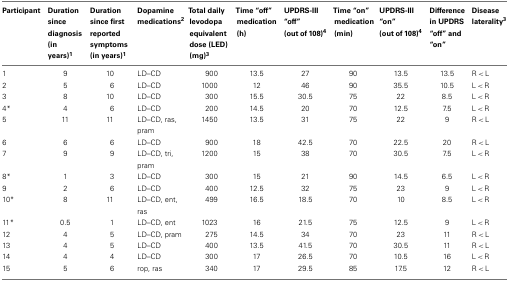
<table><thead><tr><td><b>Participant</b></td><td><b>Duration since diagnosis (in years)<sup>1</sup></b></td><td><b>Duration since first reported symptoms (in years)<sup>1</sup></b></td><td><b>Dopamine medications<sup>2</sup></b></td><td><b>Total daily levodopa equivalent dose (LED) (mg)<sup>3</sup></b></td><td><b>Time “off” medication (h)</b></td><td><b>UPDRS-III “off” (out of 108)<sup>4</sup></b></td><td><b>Time “on” medication (min)</b></td><td><b>UPDRS-III “on” (out of 108)<sup>4</sup></b></td><td><b>Difference in UPDRS “off” and “on”</b></td><td><b>Disease laterality<sup>3</sup></b></td></tr></thead><tbody><tr><td>1</td><td>9</td><td>10</td><td>LD–CD</td><td>900</td><td>13.5</td><td>27</td><td>90</td><td>13.5</td><td>13.5</td><td>R &lt; L</td></tr><tr><td>2</td><td>5</td><td>6</td><td>LD–CD</td><td>1000</td><td>12</td><td>46</td><td>90</td><td>35.5</td><td>10.5</td><td>L &lt; R</td></tr><tr><td>3</td><td>8</td><td>10</td><td>LD–CD</td><td>300</td><td>15.5</td><td>30.5</td><td>75</td><td>22</td><td>8.5</td><td>L &lt; R</td></tr><tr><td>4*</td><td>4</td><td>6</td><td>LD–CD</td><td>200</td><td>14.5</td><td>20</td><td>70</td><td>12.5</td><td>7.5</td><td>L &lt; R</td></tr><tr><td>5</td><td>11</td><td>11</td><td>LD–CD, ras, pram</td><td>1450</td><td>13.5</td><td>31</td><td>75</td><td>22</td><td>9</td><td>R &lt; L</td></tr><tr><td>6</td><td>6</td><td>6</td><td>LD–CD</td><td>900</td><td>18</td><td>42.5</td><td>70</td><td>22.5</td><td>20</td><td>R &lt; L</td></tr><tr><td>7</td><td>9</td><td>9</td><td>LD–CD, tri, pram</td><td>1200</td><td>15</td><td>38</td><td>70</td><td>30.5</td><td>7.5</td><td>L &lt; R</td></tr><tr><td>8*</td><td>1</td><td>3</td><td>LD–CD</td><td>300</td><td>15</td><td>21</td><td>90</td><td>14.5</td><td>6.5</td><td>L &lt; R</td></tr><tr><td>9</td><td>2</td><td>6</td><td>LD–CD</td><td>400</td><td>12.5</td><td>32</td><td>75</td><td>23</td><td>9</td><td>L &lt; R</td></tr><tr><td>10*</td><td>8</td><td>11</td><td>LD–CD, ent, ras</td><td>499</td><td>16.5</td><td>18.5</td><td>70</td><td>10</td><td>8.5</td><td>L &lt; R</td></tr><tr><td>11*</td><td>0.5</td><td>1</td><td>LD–CD, ent</td><td>1023</td><td>16</td><td>21.5</td><td>75</td><td>12.5</td><td>9</td><td>L &lt; R</td></tr><tr><td>12</td><td>4</td><td>5</td><td>LD–CD, pram</td><td>275</td><td>14.5</td><td>34</td><td>70</td><td>23</td><td>11</td><td>R &lt; L</td></tr><tr><td>13</td><td>4</td><td>5</td><td>LD–CD</td><td>400</td><td>13.5</td><td>41.5</td><td>70</td><td>30.5</td><td>11</td><td>R &lt; L</td></tr><tr><td>14</td><td>4</td><td>4</td><td>LD–CD</td><td>300</td><td>17</td><td>26.5</td><td>70</td><td>10.5</td><td>16</td><td>L &lt; R</td></tr><tr><td>15</td><td>5</td><td>6</td><td>rop, ras</td><td>340</td><td>17</td><td>29.5</td><td>85</td><td>17.5</td><td>12</td><td>R &lt; L</td></tr></tbody></table>